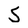
Character: S